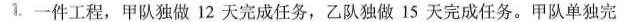
1，一件工程，甲队独做12天完成任务，乙队独做15天完成任务。甲队单独完